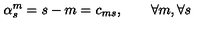
\alpha _ { s } ^ { m } = s - m = c _ { m s } , \qquad \forall m , \forall s